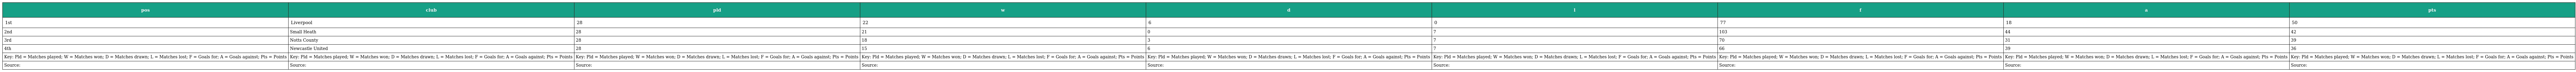
| pos | club | pld | w | d | l | f | a | pts |
 | --- | --- | --- | --- | --- | --- | --- | --- | --- |
 | 1st | Liverpool | 28 | 22 | 6 | 0 | 77 | 18 | 50 |
 | 2nd | Small Heath | 28 | 21 | 0 | 7 | 103 | 44 | 42 |
 | 3rd | Notts County | 28 | 18 | 3 | 7 | 70 | 31 | 39 |
 | 4th | Newcastle United | 28 | 15 | 6 | 7 | 66 | 39 | 36 |
 | Key: Pld = Matches played; W = Matches won; D = Matches drawn; L = Matches lost; F = Goals for; A = Goals against; Pts = Points | Key: Pld = Matches played; W = Matches won; D = Matches drawn; L = Matches lost; F = Goals for; A = Goals against; Pts = Points | Key: Pld = Matches played; W = Matches won; D = Matches drawn; L = Matches lost; F = Goals for; A = Goals against; Pts = Points | Key: Pld = Matches played; W = Matches won; D = Matches drawn; L = Matches lost; F = Goals for; A = Goals against; Pts = Points | Key: Pld = Matches played; W = Matches won; D = Matches drawn; L = Matches lost; F = Goals for; A = Goals against; Pts = Points | Key: Pld = Matches played; W = Matches won; D = Matches drawn; L = Matches lost; F = Goals for; A = Goals against; Pts = Points | Key: Pld = Matches played; W = Matches won; D = Matches drawn; L = Matches lost; F = Goals for; A = Goals against; Pts = Points | Key: Pld = Matches played; W = Matches won; D = Matches drawn; L = Matches lost; F = Goals for; A = Goals against; Pts = Points | Key: Pld = Matches played; W = Matches won; D = Matches drawn; L = Matches lost; F = Goals for; A = Goals against; Pts = Points |
 | Source: | Source: | Source: | Source: | Source: | Source: | Source: | Source: | Source: |